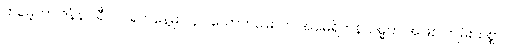
ထရမ့်ဟာ ဇန်နဝါရီ ၂၀ ရက်နေ့မှာ ၄၇ ယောက်မြောက် အမေရိကန်သမ္မတ အဖြစ် ကျမ်းသစ္စာ